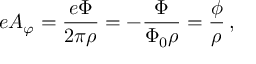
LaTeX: e A _ { \varphi } = { \frac { e \Phi } { 2 \pi \rho } } = - { \frac { \Phi } { \Phi _ { 0 } \rho } } = { \frac { \phi } { \rho } } \, ,